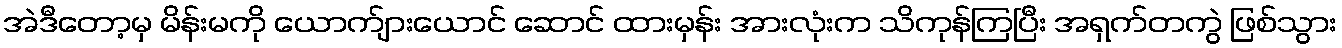
အဲဒီတော့မှ မိန်းမကို ယောက်ျားယောင် ဆောင် ထားမှန်း အားလုံးက သိကုန်ကြပြီး အရှက်တကွဲ ဖြစ်သွား